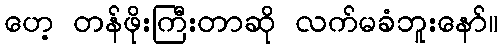
ဟေ့ တန်ဖိုးကြီးတာဆို လက်မခံဘူးနော်။